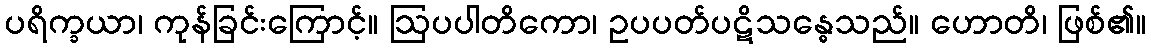
ပရိက္ခယာ၊ ကုန်ခြင်းကြောင့်။ ဩပပါတိကော၊ ဥပပတ်ပဋိသန္ဓေသည်။ ဟောတိ၊ ဖြစ်၏။